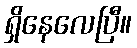
ရှိနေလေပြီ။